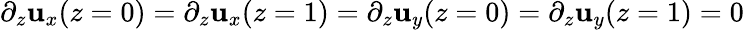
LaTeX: \partial_{z}\mathbf{u}_{x}(z=0)=\partial_{z}\mathbf{u}_{x}(z=1)=\partial_{z}\mathbf{u}_{y}(z=0)=\partial_{z}\mathbf{u}_{y}(z=1)=0